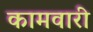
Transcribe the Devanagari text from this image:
कामवारी